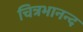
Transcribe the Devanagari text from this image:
चित्रभानन्द